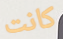
كانت